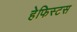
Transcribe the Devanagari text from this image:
हेफिस्टस